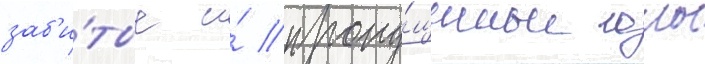
заб'и́тые и́ пропу́щенные голы